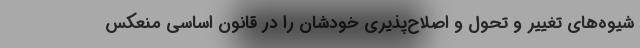
شیوه‌های تغییر و تحول و اصلاح‌پذیری خودشان را در قانون اساسی منعکس